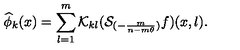
\widehat { \phi } _ { k } ( x ) = \sum _ { l = 1 } ^ { m } { \cal K } _ { k l } ( { \cal S } _ { ( - \frac { m } { n - m \theta } ) } f ) ( x , l ) .